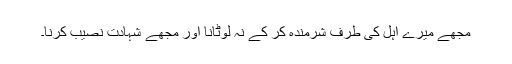
مجھے میرے اہل کی طرف شرمندہ کر کے نہ لوٹانا اور مجھے شہادت نصیب کرنا۔